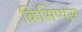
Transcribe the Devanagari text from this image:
क्रिसिप्पस